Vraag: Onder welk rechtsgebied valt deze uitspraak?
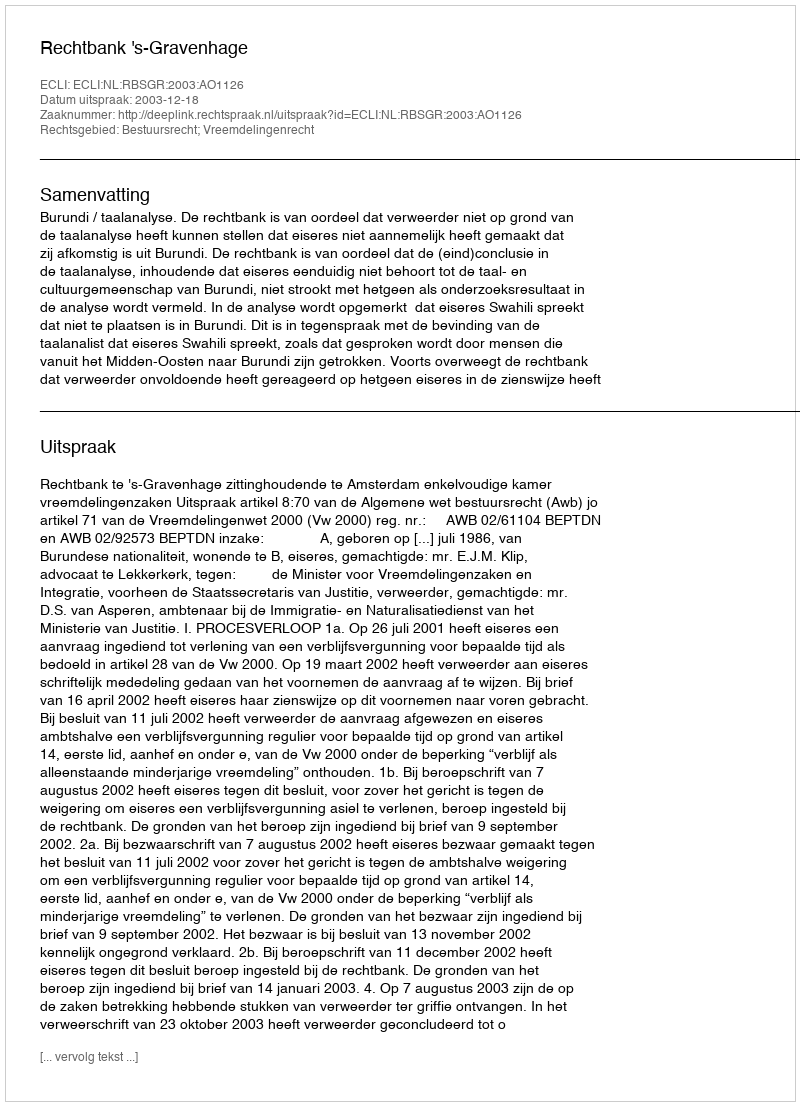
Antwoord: Bestuursrecht; Vreemdelingenrecht